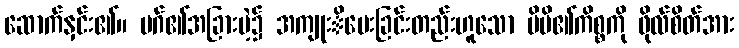
ဆောက်နှင်း၏။ မဂ်၏အခြားမဲ့၌ အကျုးိပေးခြင်းတည်းဟူသော မိမိ၏ကိစ္စကို ဖိုလ်စိတ်အား